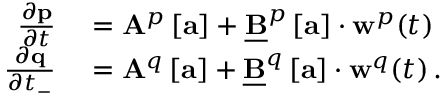
\begin{array} { r l } { \frac { \partial \mathbf { p } } { \partial t } } & { { } = \mathbf { A } ^ { p } \left[ \mathbf { a } \right] + \underline { { \mathbf { B } } } ^ { p } \left[ \mathbf { a } \right] \cdot \mathbf { w } ^ { p } ( t ) \, } \\ { \frac { \partial \mathbf { q } } { \partial t _ { - } } } & { { } = \mathbf { A } ^ { q } \left[ \mathbf { a } \right] + \underline { { \mathbf { B } } } ^ { q } \left[ \mathbf { a } \right] \cdot \mathbf { w } ^ { q } ( t ) \, . } \end{array}